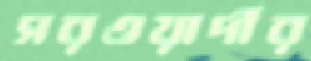
সরওয়ার্দীর